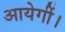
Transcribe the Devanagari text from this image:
आयेगीं।